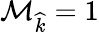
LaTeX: \mathcal{M}_{\widehat{k}}=1